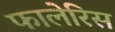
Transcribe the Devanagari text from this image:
फालेरिस